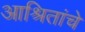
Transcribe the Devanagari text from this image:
आश्रितांचे